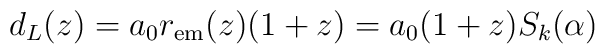
d_L(z)  = a_0 r_{\rm  em}(z) (1+z) = a_0 (1+z) S_k(\alpha)